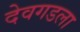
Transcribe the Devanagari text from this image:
देवगडला